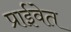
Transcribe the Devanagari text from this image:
प्राईवेत